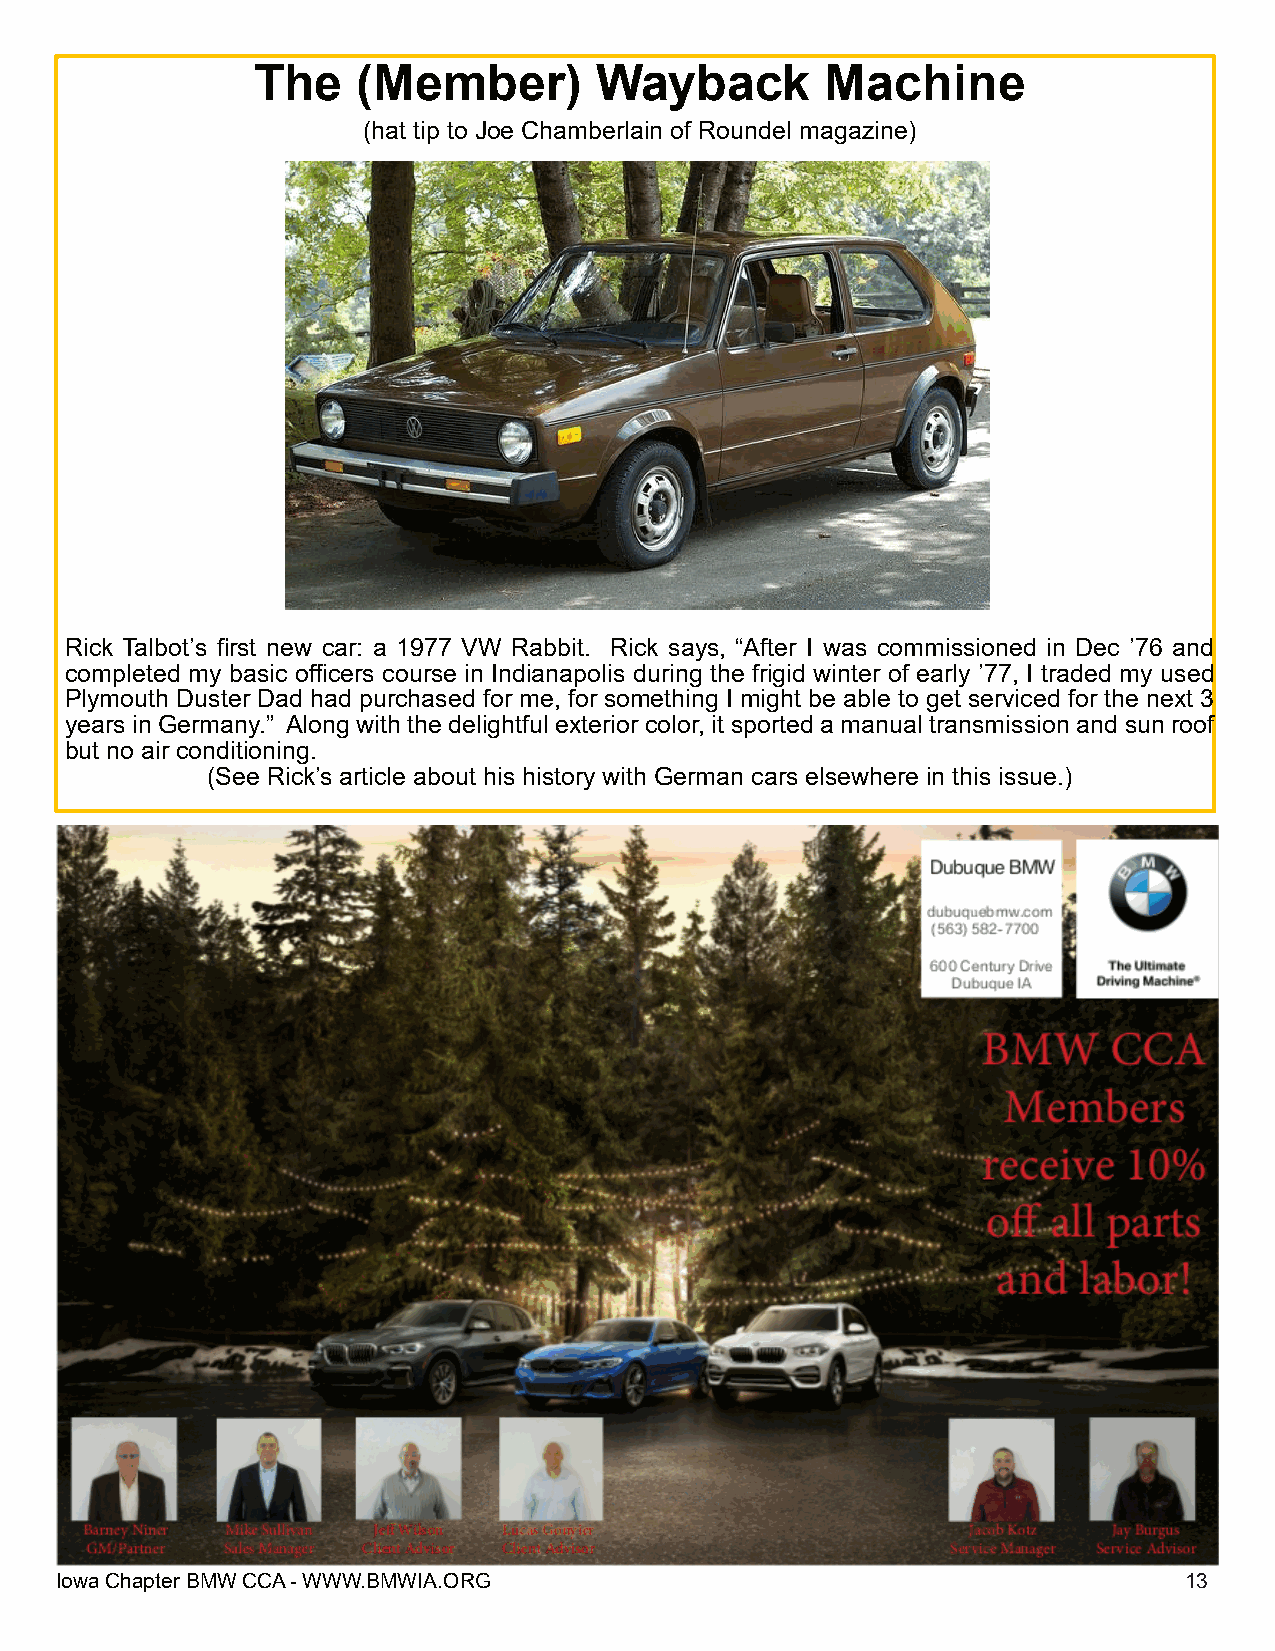
The    (Member)       Wayback         Machine
 (hat tip to Joe Chamberlain of Roundel magazine)
 Rick Talbot’s first new car: a 1977 VW Rabbit. Rick says, “After I was commissioned in Dec ’76 and
 completed my basic officers course in Indianapolis during the frigid winter of early ’77, I traded my used
 Plymouth Duster Dad had purchased for me, for something I might be able to get serviced for the next 3
 years in Germany.” Along with the delightful exterior color, it sported a manual transmission and sun roof
 but no air conditioning.
 (See Rick’s article about his history with German cars elsewhere in this issue.)
 IowaChapterBMWCCA-WWW.BMWIA.ORG                                           13